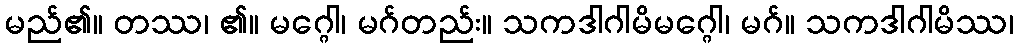
မည်၏။ တဿ၊ ၏။ မဂ္ဂေါ၊ မဂ်တည်း။ သကဒါဂါမိမဂ္ဂေါ၊ မဂ်။ သကဒါဂါမိဿ၊